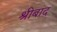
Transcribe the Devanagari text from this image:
श्रीबाद